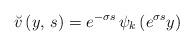
LaTeX: \begin{align*}\breve{v}\left(y,\,s\right)=e^{-\sigma s}\,\psi_{k}\left(e^{\sigma s}y\right)\end{align*}